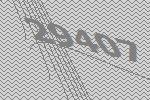
29407